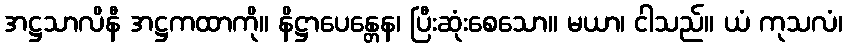
အဋ္ဌသာလိနီ အဋ္ဌကထာကို။ နိဋ္ဌာပေန္တေန၊ ပြီးဆုံးစေသော။ မယာ၊ ငါသည်။ ယံ ကုသလံ၊